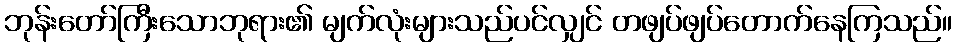
ဘုန်းတော်ကြီးသောဘုရား၏ မျက်လုံးများသည်ပင်လျှင် တဖျပ်ဖျပ်တောက်နေကြသည်။